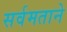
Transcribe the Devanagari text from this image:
सर्वमताने